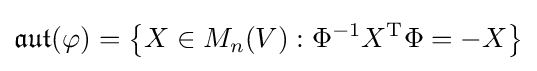
{\mathfrak {aut}}(\varphi )=\left\{X\in M_{n}(V):\Phi ^{-1}X^{\mathrm {T} }\Phi =-X\right\}